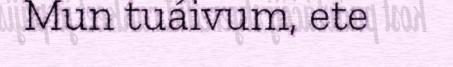
Mun tuáivum, ete